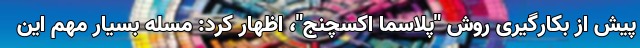
پیش از بکارگیری روش "پلاسما اکسچنج"، اظهار کرد: مسله بسیار مهم این